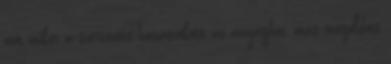
ám mikor a szervezete hozzászokott az anyaghoz, más megoldás